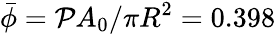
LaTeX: {\bar{\phi}}={\cal P}A_{0}/\pi R^{2}=0.398